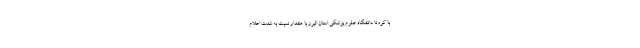
با کرونا دانشگاه علوم پزشکی استان البرز با هشدار نسبت به شدت اعلام